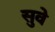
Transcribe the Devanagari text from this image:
सुवे